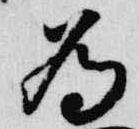
為